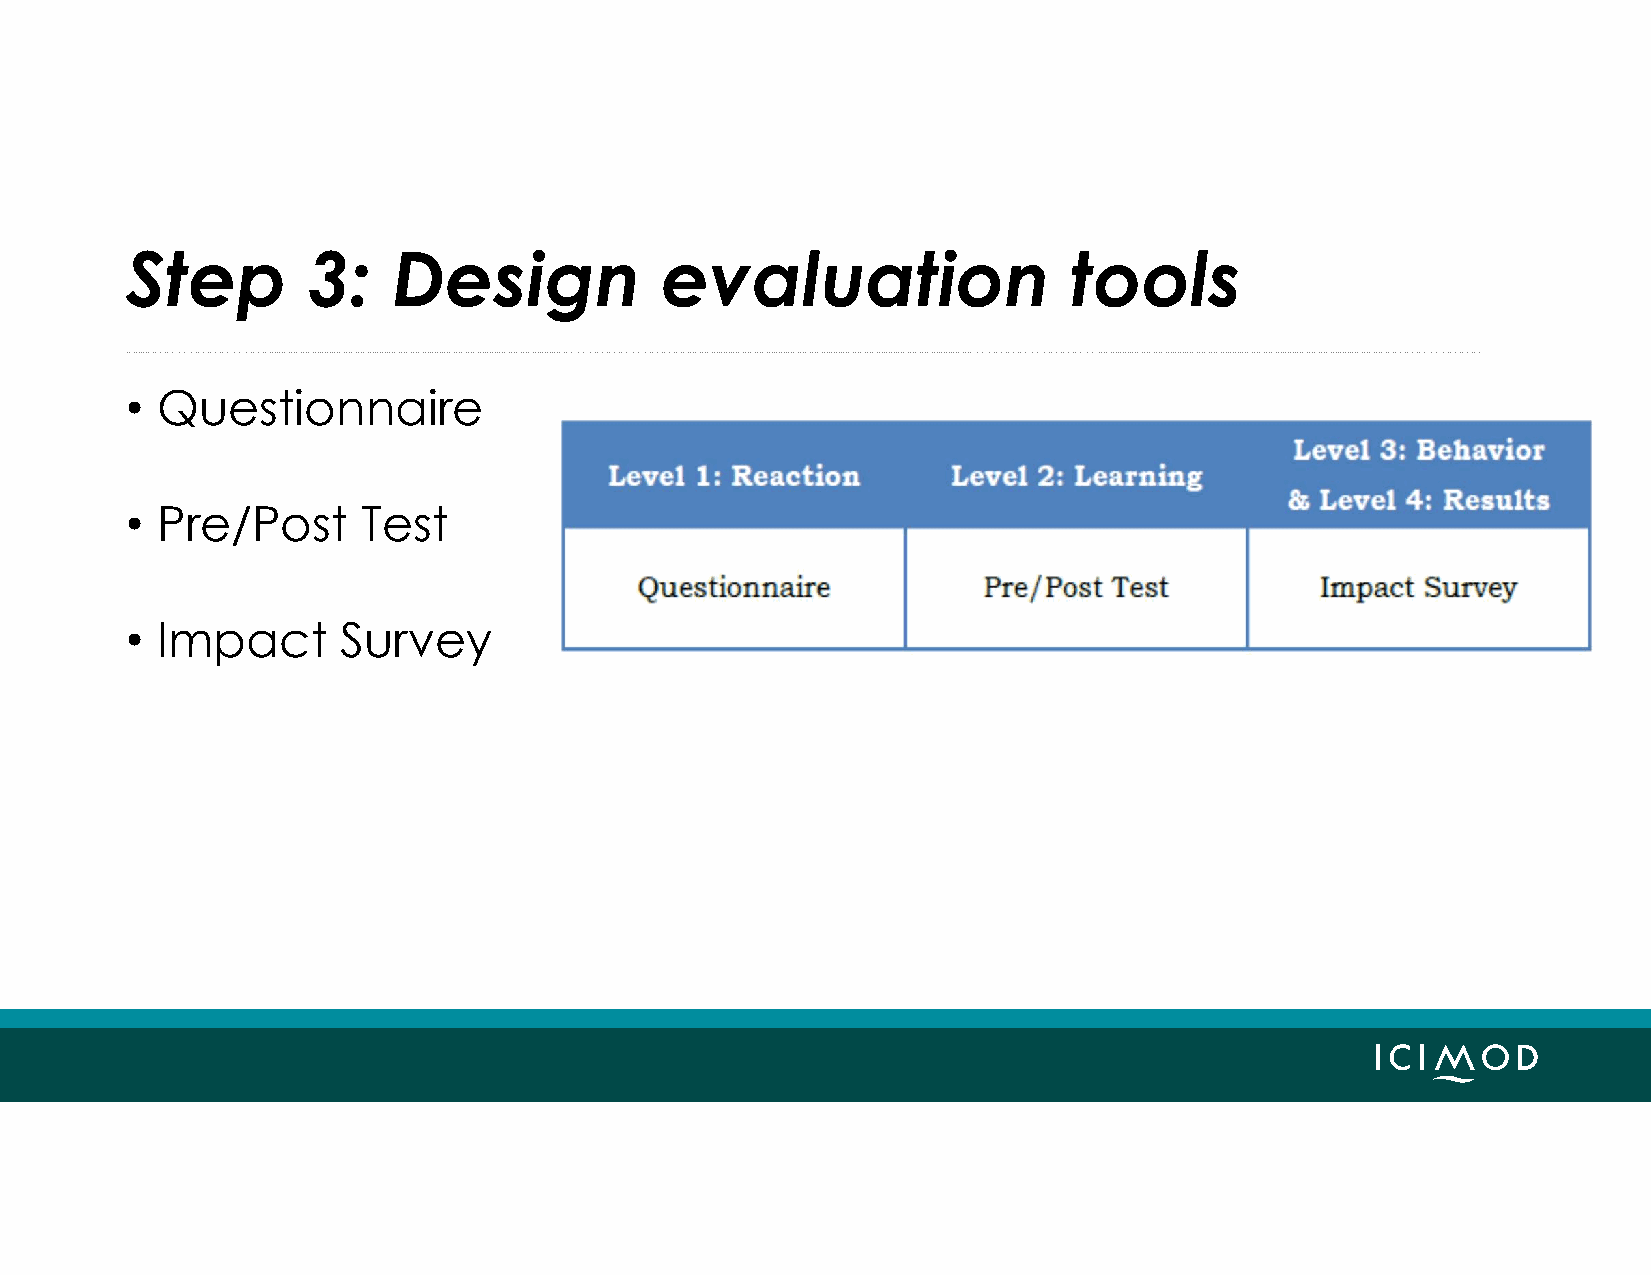
Step        3:    Design            evaluation                 tools
 • Questionnaire
 • Pre/Post      Test
 • Impact      Survey